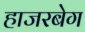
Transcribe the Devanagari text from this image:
हाजरबेग